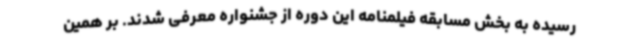
رسیده به بخش مسابقه فیلمنامه این دوره از جشنواره معرفی شدند. بر همین